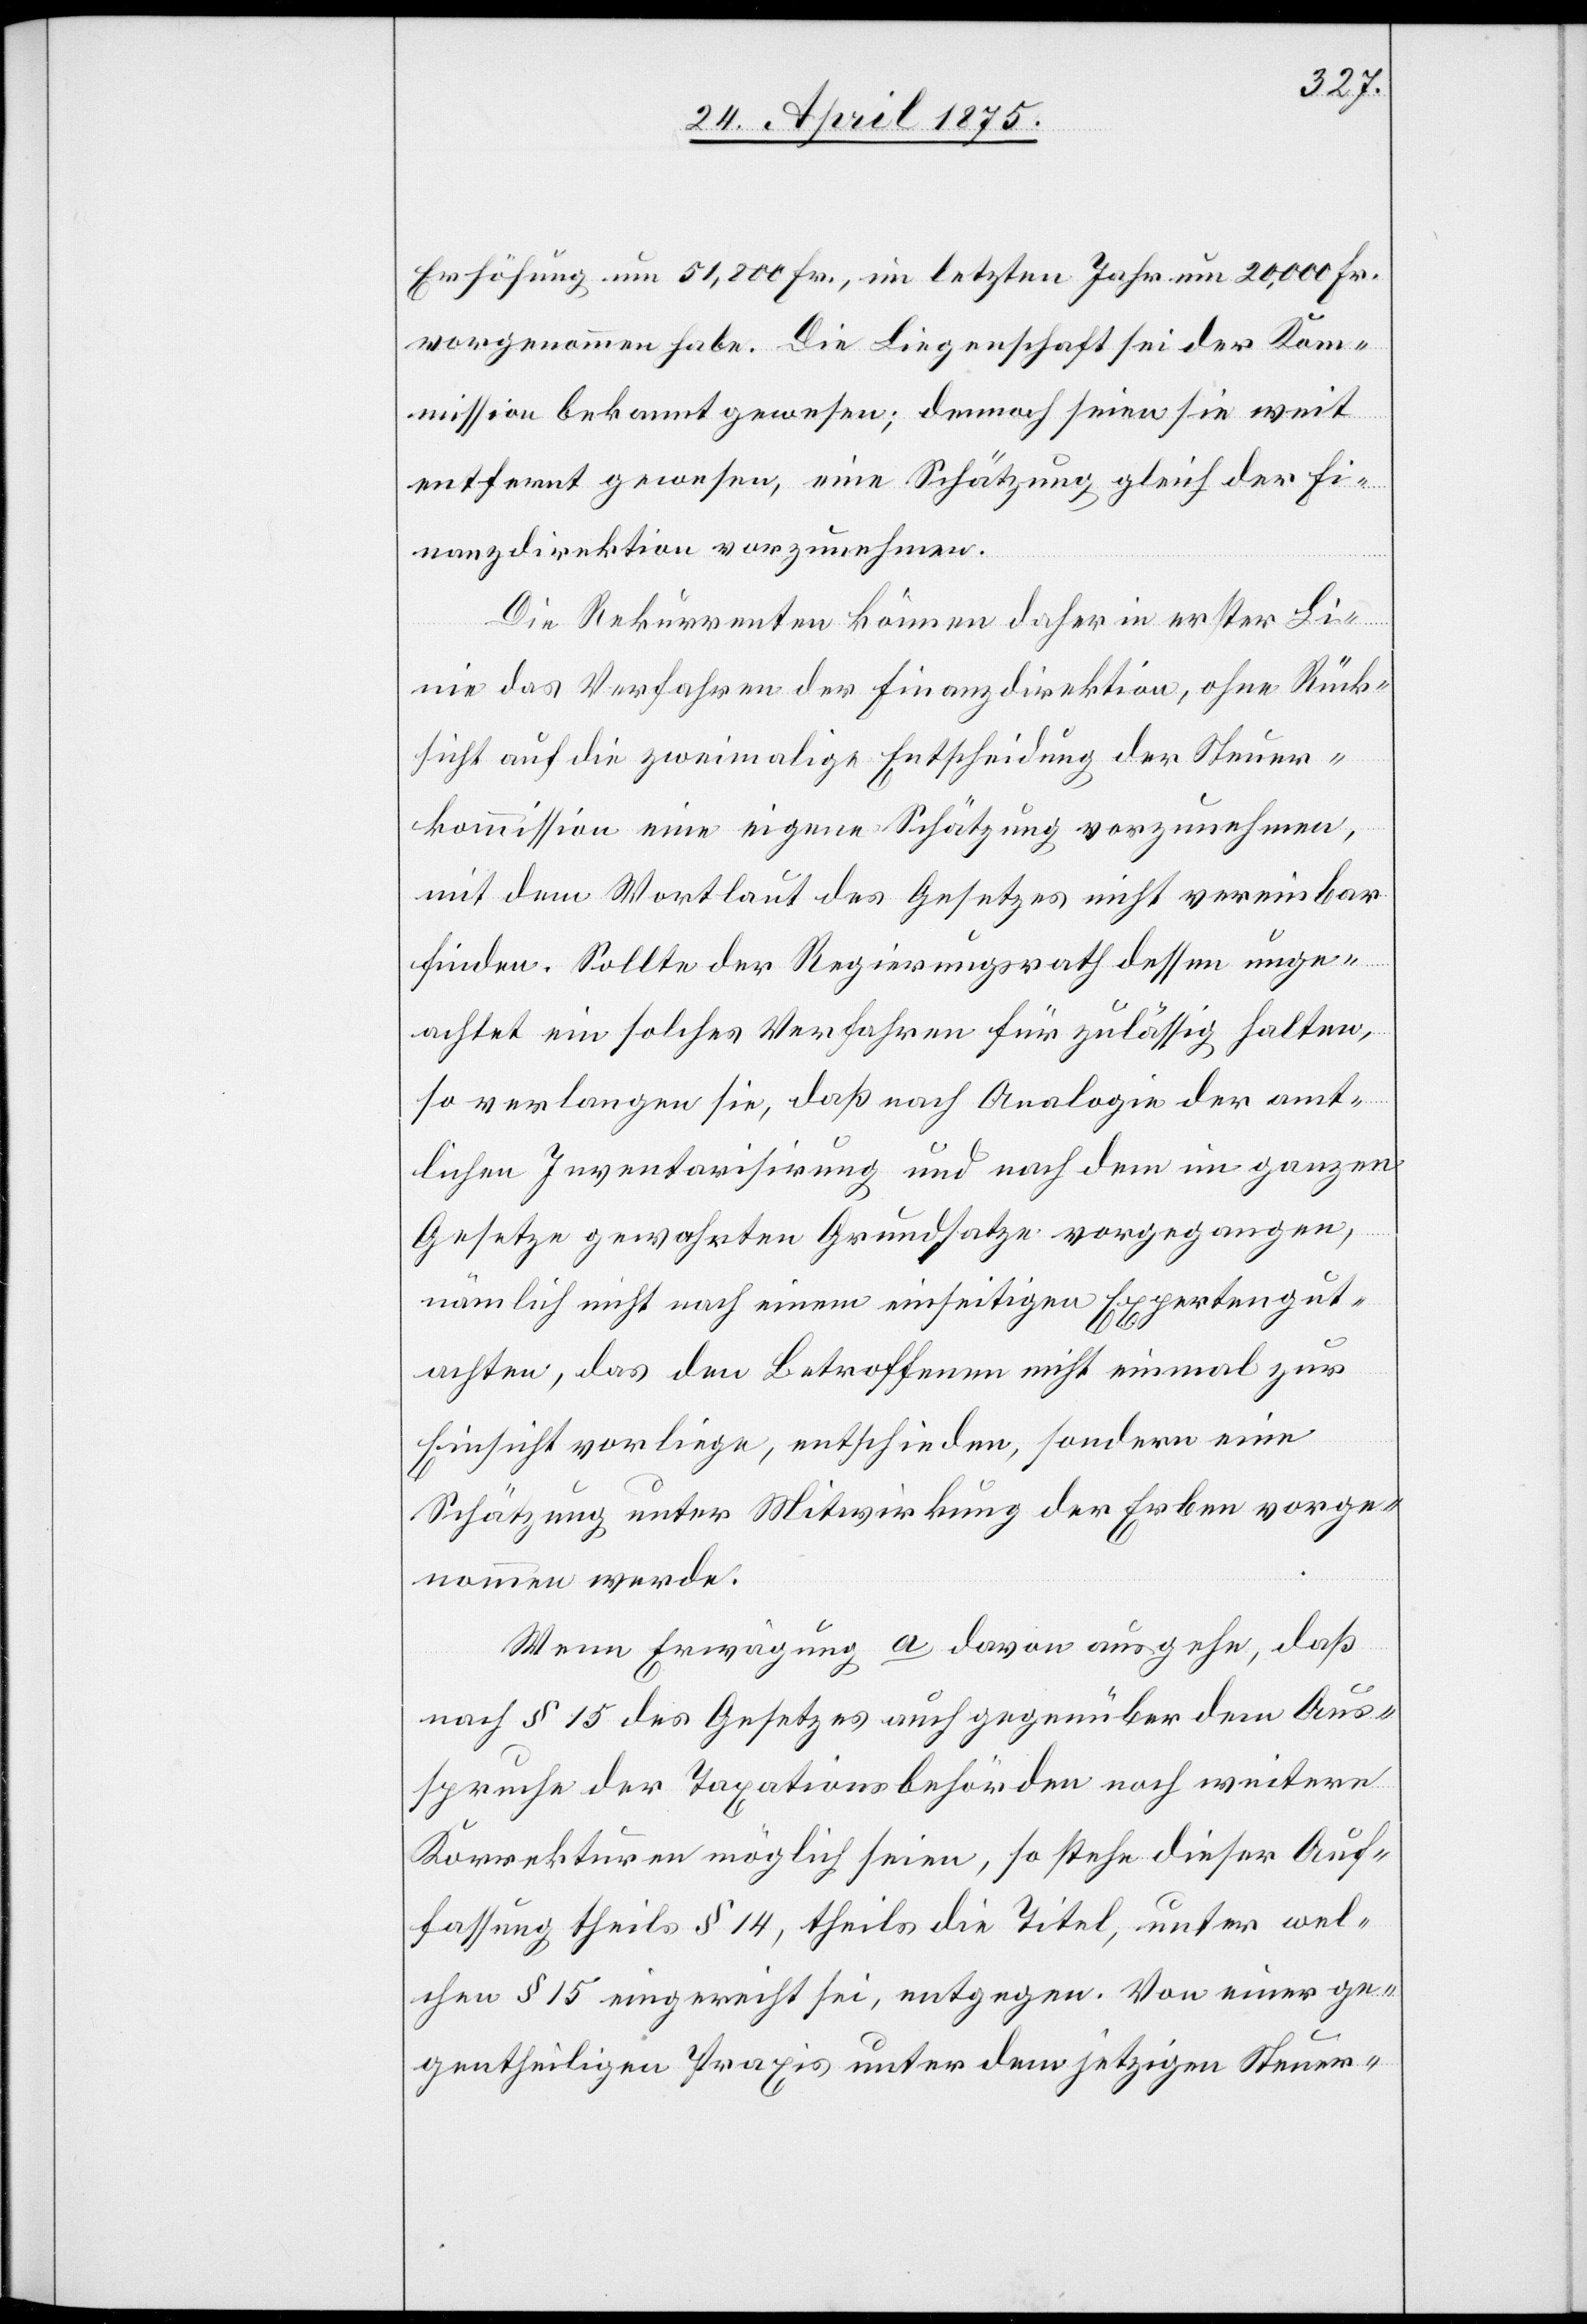
Erhöhung um 51,800 Fr., im letzten Jahr um 20,000 Fr.
vorgenommen habe. Die Liegenschaft sei der Kom¬
mission bekannt gewesen; demnach seien sie weit
entfernt gewesen, eine Schätzung gleich der Fi¬
nanzdirektion vorzunehmen.
Die Rekurrenten können daher in erster Li¬
nie das Verfahren der Finanzdirektion, ohne Rück¬
sicht auf die zweimalige Entscheidung der Steuer¬
kommission eine eigene Schätzung vorzunehmen,
mit dem Wortlaut des Gesetzes nicht vereinbar
finden. Sollte der Regierungsrath dessen unge¬
achtet ein solches Verfahren für zulässig halten,
so verlangen sie, daß nach Analogie der amt¬
lichen Inventarisirung und nach dem im ganzen
Gesetze gewahrten Grundsatze vorgegangen,
nämlich nicht nach einem einseitigen Expertengut¬
achten, das den Betroffenen nicht einmal zur
Einsicht vorliege, entschieden, sondern eine
Schätzung unter Mitwirkung der Erben vorge¬
nommen werde.
Wenn Erwägung a davon ausgehe, daß
nach § 15 des Gesetzes auch gegenüber dem Aus¬
spruche der Taxationsbehörden noch weitere
Korrekturen möglich seien, so stehe dieser Auf¬
fassung theils § 14, theils die Titel, unter wel¬
chen § 15 eingereicht sei, entgegen. Von einer ge¬
gentheiligen Praxis unter dem jetzigen Steuer-